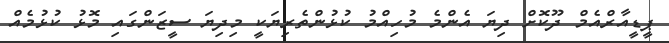
ޕީޑީއާރްއެމް ދޫކޮށް ދިޔަ އެންމެ މުހިއްމު ކުޅުންތެރިޔަކީ މިދިޔަ ސީޒަންގައި މޮޅު ކުޅުމެއް